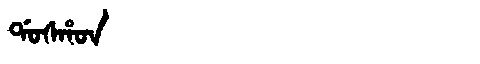
Manchu: ᡩᠣᠰᡥᠣᠨ
Romanization: DOSHON